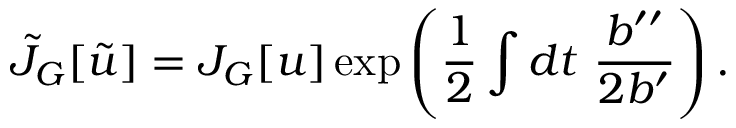
\tilde { J } _ { G } [ \tilde { u } ] = J _ { G } [ u ] \exp \left( \frac { 1 } { 2 } \int d t ~ \frac { b ^ { \prime \prime } } { 2 b ^ { \prime } } \right) .